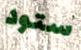
ستود